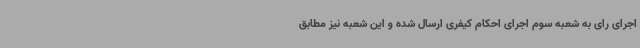
اجرای رای به شعبه سوم اجرای احکام کیفری ارسال شده و این شعبه نیز مطابق